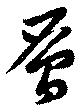
層